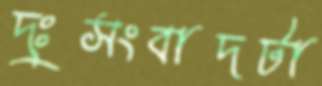
দুঃসংবাদটা